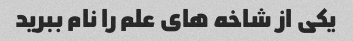
یکی از شاخه های علم را نام ببرید